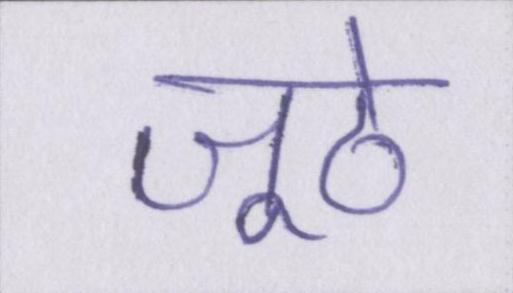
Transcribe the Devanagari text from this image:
जूठे